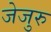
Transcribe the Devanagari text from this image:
जेजुरु